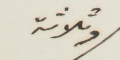
وثلاثة